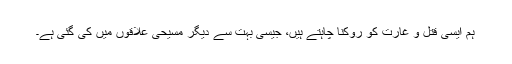
ہم ایسی قتل و غارت کو روکنا چاہتے ہیں، جیسی بہت سے دیگر مسیحی علاقوں میں کی گئی ہے۔